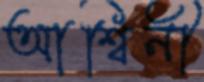
আশ্বিনী